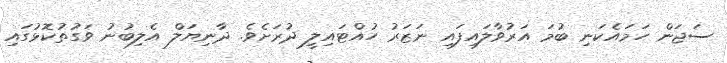
ސަޖަން ހަމައެކަނި ބުމަ އަރުވާލައިފައި ނަޒަރު ހުއްޓައިލީ ދުރަށެވެ. ދާނިޔަލް އެލިބުނު ވަގުތުކޮޅުގައި